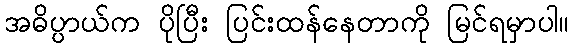
အဓိပ္ပာယ်က ပိုပြီး ပြင်းထန်နေတာကို မြင်ရမှာပါ။